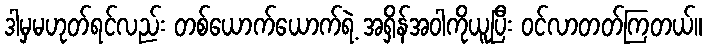
ဒါမှမဟုတ်ရင်လည်း တစ်ယောက်ယောက်ရဲ့ အရှိန်အဝါကိုယူပြီး ဝင်လာတတ်ကြတယ်။